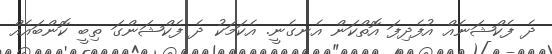
ދެ ފެކްޝަނެއް އުފެދިފަ އޮތްކަން އެނގެނީ. އެކަމަކު ދެ ފެކްޝަންގަ ތިބީ ކޮންބައެއް